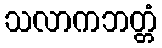
သလာကဘတ္တံ